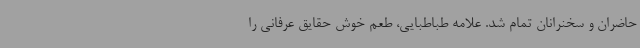
حاضران و سخنرانان تمام شد. علامه طباطبایی، طعم خوش حقایق عرفانی را